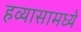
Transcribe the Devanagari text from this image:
हव्यासामध्ये